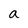
Character: a